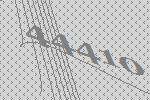
44410